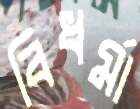
বিধর্মা